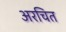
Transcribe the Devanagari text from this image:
अरचित